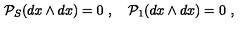
{ \cal P } _ { S } ( d x \wedge d x ) = 0 \ , \quad { \cal P } _ { 1 } ( d x \wedge d x ) = 0 \ ,